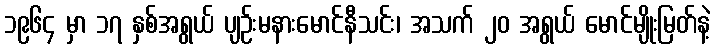
၁၉၆၄ မှာ ၁၇ နှစ်အရွယ် ပျဉ်းမနားမောင်နီသင်း၊ အသက် ၂၀ အရွယ် မောင်မျိုးမြတ်နဲ့